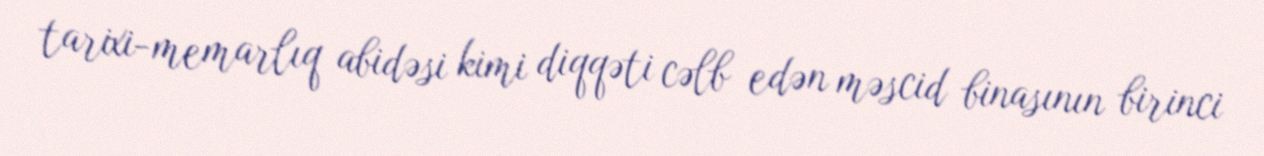
tarixi-memarlıq abidəsi kimi diqqəti cəlb edən məscid binasının birinci